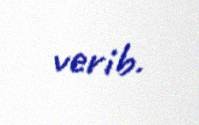
verib.